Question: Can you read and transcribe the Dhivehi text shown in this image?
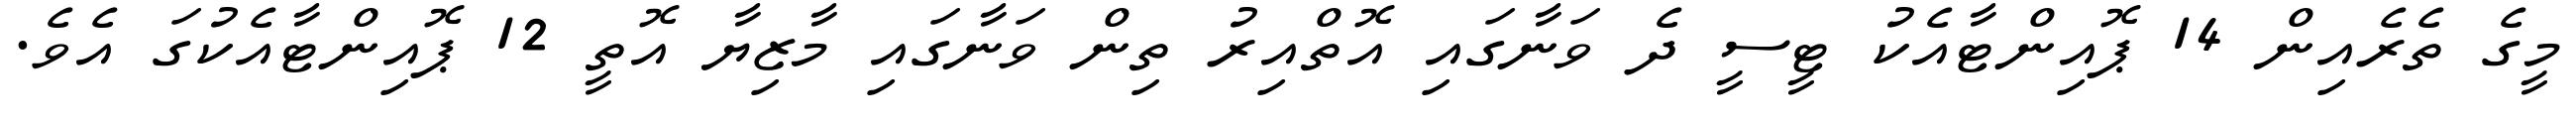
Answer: މީގެ ތެރެއިން 14 ޕޮއިންޓާއެކު ޓީސީ ދެ ވަނާގައި އޮތްއިރު ތިން ވަނާގައި މާޒިޔާ އޮތީ 12 ޕޮއިންޓާއެކުގަ އެވެ.